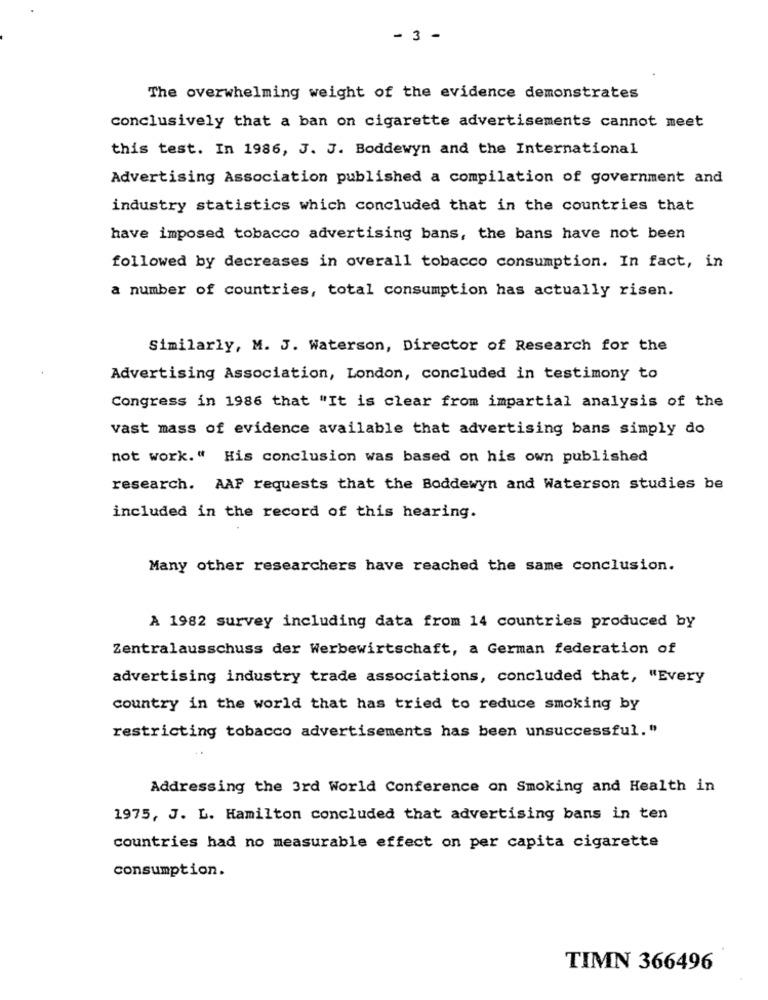
- 3 -
The overwhelming weight of the evidence demonstrates
conclusively that a ban on cigarette advertisements cannot meet
this test. In 1986, J. J. Boddewyn and the International
Advertising Association published a compilation of government and
industry statistics which concluded that in the countries that
have imposed tobacco advertising bans, the bans have not been
followed by decreases in overall tobacco consumption. In fact, in
a number of countries, total consumption has actually risen.
Similarly, M. J. Waterson, Director of Research for the
Advertising Association, London, concluded in testimony to
Congress in 1986 that "It is clear from impartial analysis of the
vast mass of evidence available that advertising bans simply do
not work." His conclusion was based on his own published
research. AAF requests that the Boddewyn and Waterson studies be
included in the record of this hearing.
Many other researchers have reached the same conclusion.
A 1982 survey including data from 14 countries produced by
Zentralausschuss der Werbewirtschaft, a German federation of
advertising industry trade associations, concluded that, "Every
country in the world that has tried to reduce smoking by
restricting tobacco advertisements has been unsuccessful."
Addressing the 3rd World Conference on Smoking and Health in
1975, J. L. Hamilton concluded that advertising bans in ten
countries had no measurable effect on per capita cigarette
consumption.
TIMN 366496